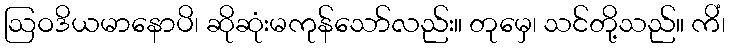
ဩဝဒိယမာနောပိ၊ ဆိုဆုံးမကုန်သော်လည်း။ တုမှေ၊ သင်တို့သည်။ ကိံ၊